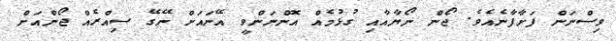
ވިސްނަން ފަށާފާނެއެވެ. ޖޯން ނޯޔާއާއި ގުޅުމެއް އޮންނަންވީ އޭނައަށް ނޭގޭ ސިއްރެއް ޖޯންއަށް